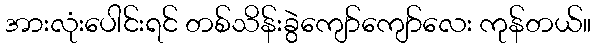
အားလုံးပေါင်းရင် တစ်သိန်းခွဲကျော်ကျော်လေး ကုန်တယ်။